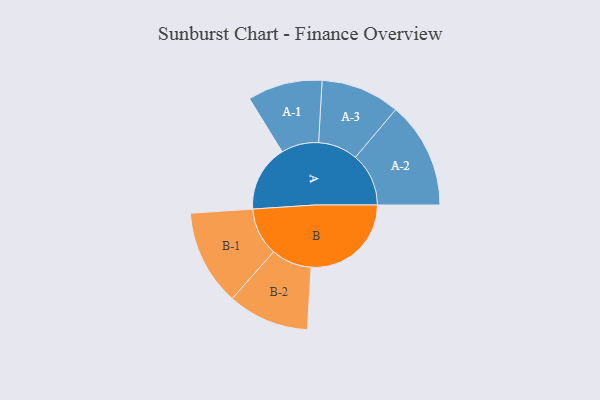
{"axis": {"x": "Segment", "y": "Value"}, "legend": ["", "A", "B"], "data": [{"x": "A", "y": 247, "type": ""}, {"x": "B", "y": 372, "type": ""}, {"x": "A-1", "y": 139, "type": "A"}, {"x": "A-2", "y": 198, "type": "A"}, {"x": "A-3", "y": 147, "type": "A"}, {"x": "B-1", "y": 178, "type": "B"}, {"x": "B-2", "y": 151, "type": "B"}]}